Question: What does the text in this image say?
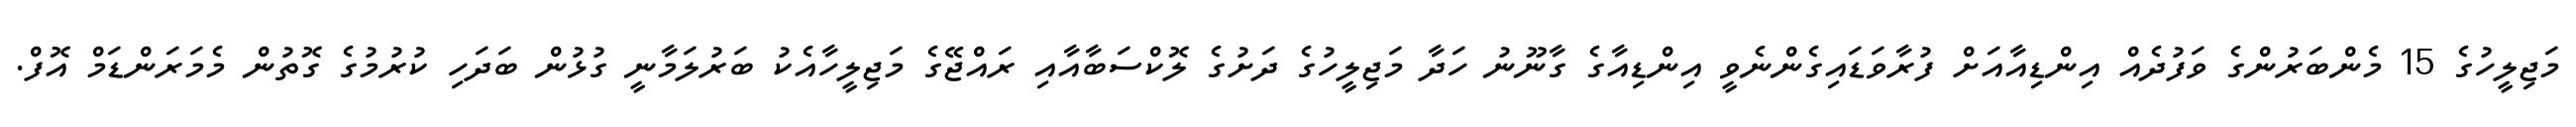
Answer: މަޖިލީހުގެ 15 މެންބަރުންގެ ވަފުދެއް އިންޑިއާއަށް ފުރާވަޑައިގެންނެވީ އިންޑިއާގެ ގާނޫނު ހަދާ މަޖިލީހުގެ ދަށުގެ ލޮކްސަބާއާއި ރައްޖޭގެ މަޖިލީހާއެކު ބަރުލަމާނީ ގުޅުން ބަދަހި ކުރުމުގެ ގޮތުން މެމަރަންޑަމް އޮފް.